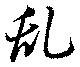
乱